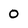
Character: 0